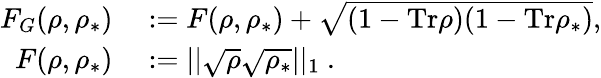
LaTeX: \begin{array}{rl}{F_{G}(\rho,\rho_{\ast})}&{{}:=F(\rho,\rho_{\ast})+\sqrt{(1-\mathrm{Tr}\rho)(1-\mathrm{Tr}\rho_{\ast})},}\\ {F(\rho,\rho_{\ast})}&{{}:=||\sqrt{\rho}\sqrt{\rho_{\ast}}||_{1}~.}\end{array}